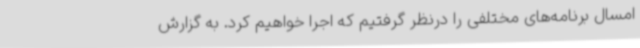
امسال برنامه‌های مختلفی را درنظر گرفتیم که اجرا خواهیم کرد. به گزارش